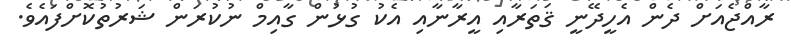
ރާއްޖެއަށް ދެން އެހީދޭނީ ޤަތަރާއި އީރާނާއި އެކު ގުޅުން ގާއިމް ނުކުރަން ޝަރުތުކޮށްފައެވެ.